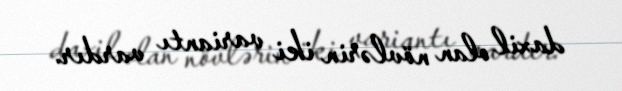
daxil olan növlərin iki variantı vardır.